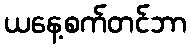
ယနေ့စက်တင်ဘာ